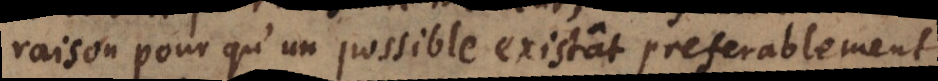
raison pour qu’un possible existât preferablement